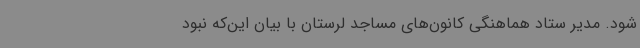
شود. مدیر ستاد هماهنگی کانون‌های مساجد لرستان با بیان این‌که نبود